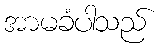
အာမခံပါသည်